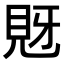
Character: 𧠖